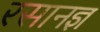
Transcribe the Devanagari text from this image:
रसानज्ञ